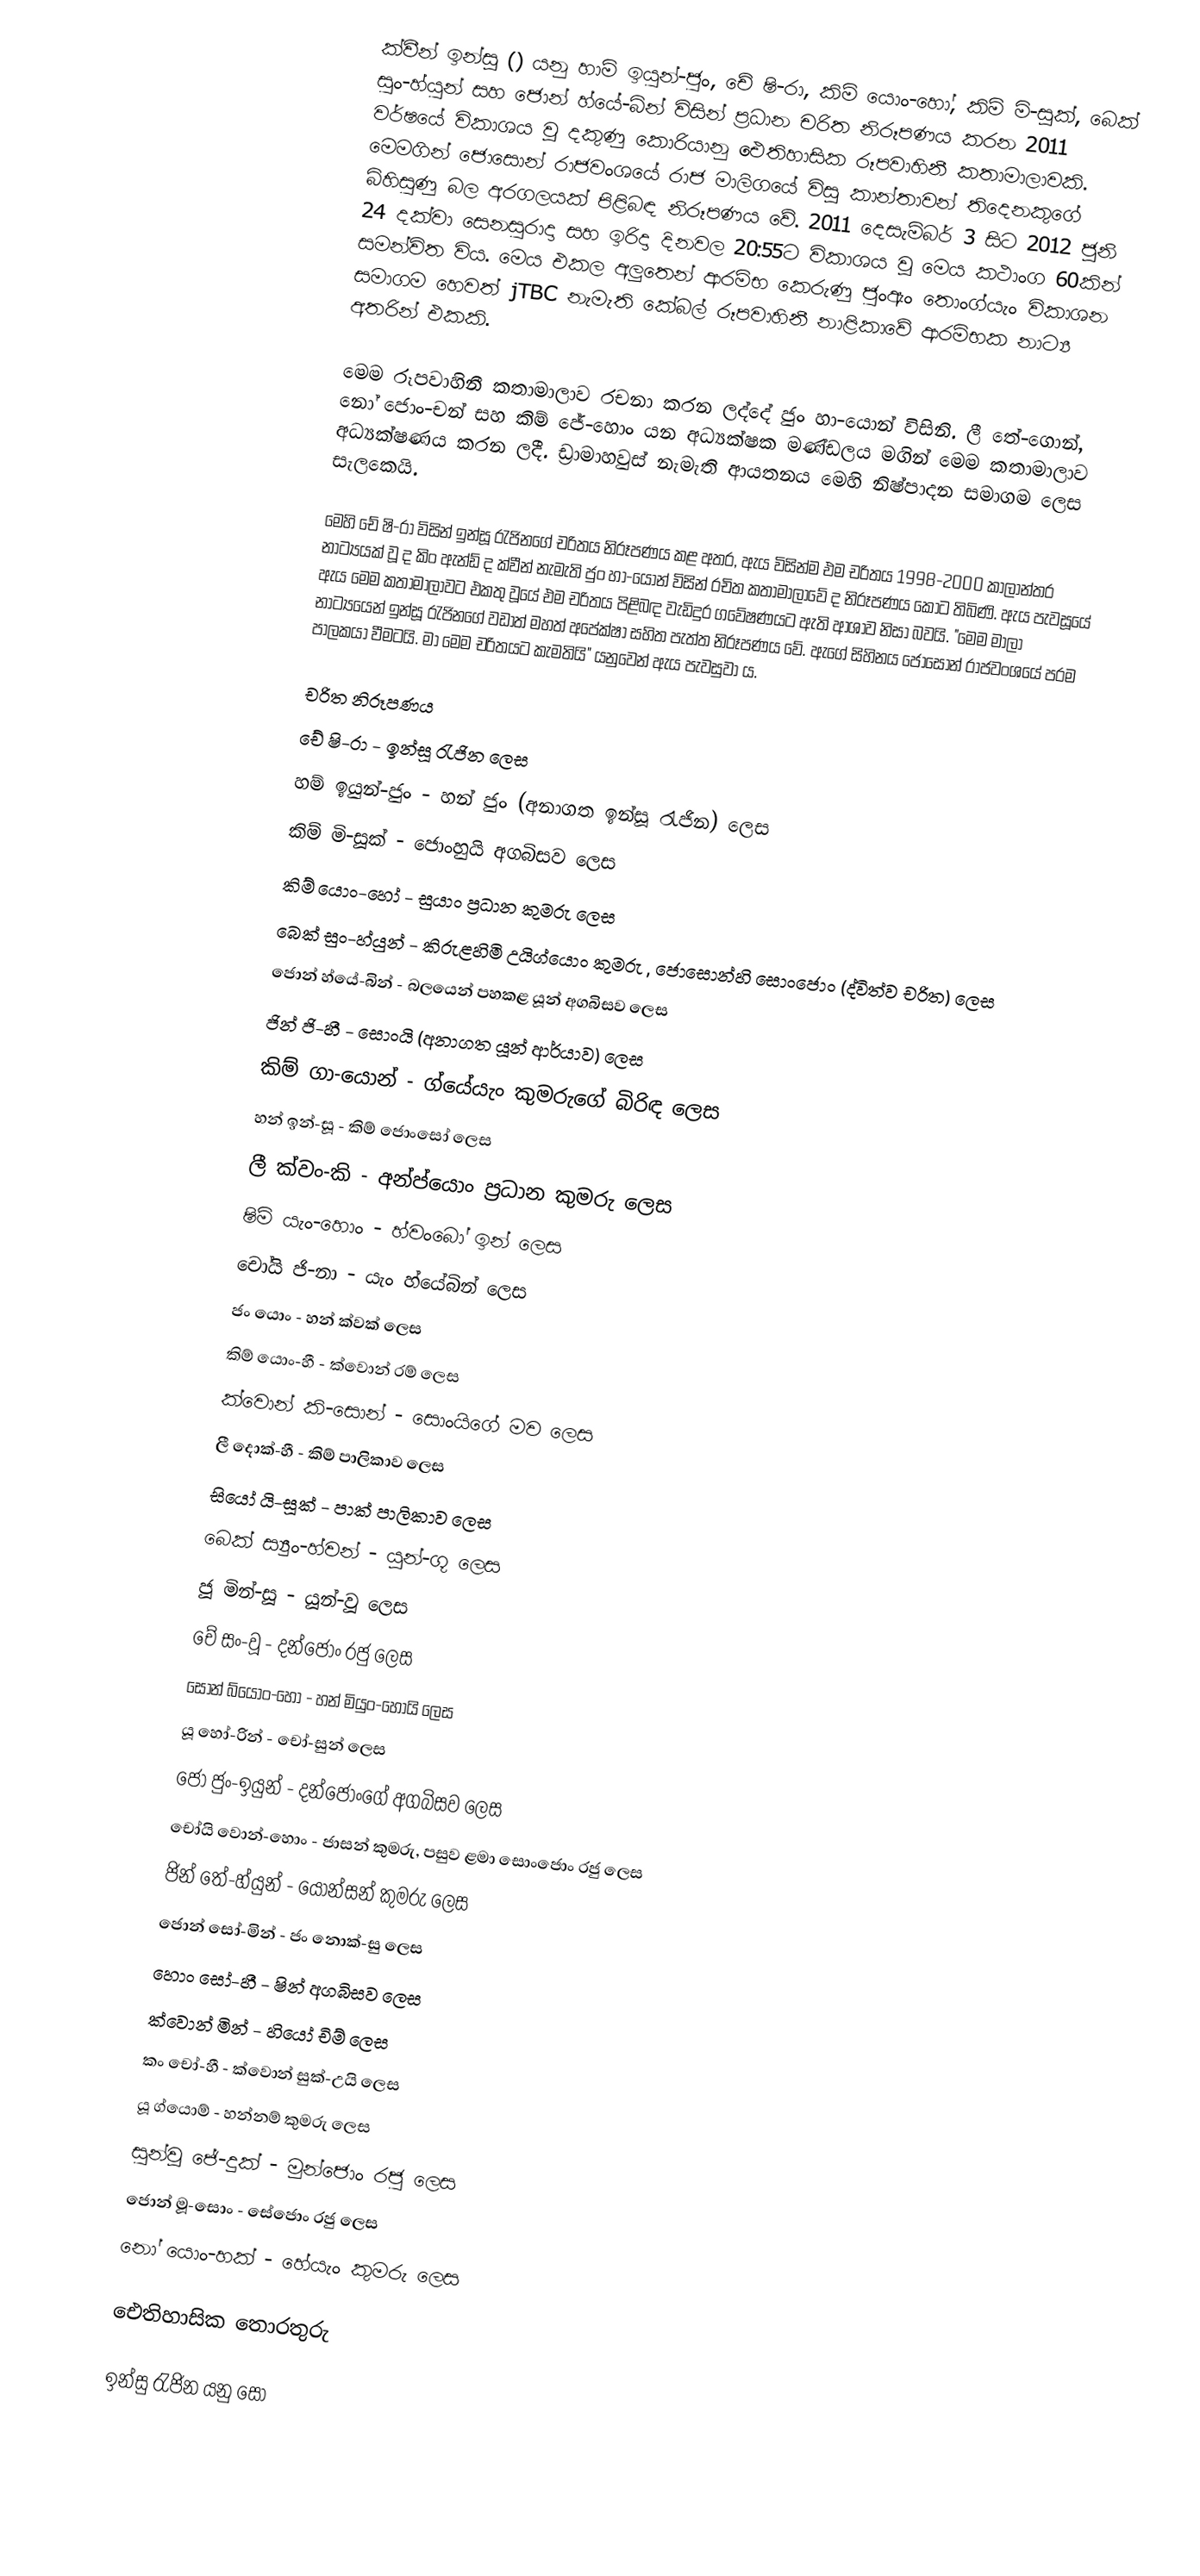
ක්වීන් ඉන්සූ () යනු හාම් ඉයුන්-ජුං, චේ ෂි-රා, කිම් යොං-හෝ, කිම් මි-සූක්, බෙක් සුං-හ්යුන් සහ ජොන් හ්යේ-බින් විසින් ප්‍රධාන චරිත නිරූපණය කරන 2011 වර්ෂයේ විකාශය වූ දකුණු කොරියානු ඓතිහාසික රූපවාහිනී කතාමාලාවකි. මෙමගින් ජොසොන් රාජවංශයේ රාජ මාලිගයේ විසූ කාන්තාවන් තිදෙනකුගේ බිහිසුණු බල අරගලයක් පිළිබඳ නිරූපණය වේ. 2011 දෙසැම්බර් 3 සිට 2012 ජූනි 24 දක්වා සෙනසුරාදා සහ ඉරිදා දිනවල 20:55ට විකාශය වූ‍ මෙය කථාංග 60කින් සමන්විත විය. මෙය එකල අලුතෙන් ආරම්භ කෙරුණු ජුංඇං තොංග්යැං විකාශන සමාගම හෙවත් jTBC නැමැති කේබල් රූපවාහිනී නාළිකාවේ ආරම්භක නාට්‍ය අතරින් එකකි.

මෙම රූපවාහිනී කතාමාලාව රචනා කරන ලද්දේ ජුං හා-යොන් විසිනි. ලී තේ-ගොන්, නෝ ජොං-චන් සහ කිම් ජේ-හොං යන අධ්‍යක්ෂක මණ්ඩලය මගින් මෙම කතාමාලාව අධ්‍යක්ෂණය කරන ලදී. ඩ්‍රාමාහවුස් නැමැති ආයතනය මෙහි නිෂ්පාදන සමාගම ලෙස සැලකෙයි.

මෙහි චේ ෂි-රා විසින් ඉන්සූ රැජිනගේ චරිතය නිරූපණය කළ අතර, ඇය විසින්ම එම චරිතය 1998-2000 කාලාන්තර නාට්‍යයක් වූ ද කිං ඇන්ඩ් ද ක්වීන් නැමැති ජුං හා-යොන් විසින් රචිත කතාමාලාවේ ද නිරූපණය කොට තිබිණි. ඇය පැවසූයේ‍ ඇය මෙම කතාමාලාවට එකතු වූයේ එම චරිතය පිළිබඳ වැඩිදුර ගවේෂණයට ඇති ආශාව නිසා බවයි. "මෙම මාලා නාට්‍යයෙන් ඉන්සූ රැජිනගේ වඩාත් මහත් අපේක්ෂා සහිත පැත්ත නිරූපණය වේ. ඇගේ සිහිනය ජොසොන් රාජවංශයේ පරම පාලකයා වීමටයි. මා මෙම චරිතයට කැමතියි" යනුවෙන් ඇය පැවසුවා ය.

චරිත නිරූපණය
චේ ෂි-රා - ඉන්සූ රැජින ලෙස
හම් ඉයුන්-ජුං - හන් ජුං (අනාගත ඉන්සූ රැජින) ලෙස
කිම් මි-සූක් - ජොංහුයි අගබිසව ලෙස
කිම් යොං-හෝ - සුයාං ප්‍රධාන කුමරු ලෙස
බෙක් සුං-හ්යුන් - කිරුළහිමි උයිග්යොං කුමරු , ජොසොන්හි සොංජොං (ද්විත්ව චරිත) ලෙස
ජොන් හ්යේ-බින් - බලයෙන් පහකළ යූන් අගබිසව ලෙස
ජින් ජි-හී - සොංයි (අනාගත යූන් ආර්යාව) ලෙස
කිම් ගා-යොන් - ග්යේයැං කුමරුගේ බිරිඳ ලෙස
හන් ඉන්-සූ - කිම් ජොංසෝ ලෙස
ලී ක්වං-කි - අන්ප්යොං ප්‍රධාන කුමරු ලෙස
ෂිම් යැං-හොං - හ්වංබෝ ඉන් ලෙස
චෝයි ජි-නා - යැං හ්යේබින් ලෙස
ජං යොං - හන් ක්වක් ලෙස
කිම් යොං-හී - ක්වොන් රම් ලෙස
ක්වොන් කි-සොන් - සොංයිගේ මව ලෙස
ලී දොක්-හී - කිම් පාලිකාව ලෙස
සියෝ යි-සූක් - පාක් පාලිකාව ලෙස
බෙක් ස්‍යුං-හ්වන් - යූන්-ගූ ලෙස
ජූ මින්-සූ - යූන්-වූ ලෙස
චේ සං-වූ - දන්ජොං රජු ලෙස
සොන් බ්යොං-හෝ - හන් මියුං-හොයි ලෙස
යූ හෝ-රින් - චෝ-සුන් ලෙස
ජෝ ජුං-ඉයුන් - දන්ජොංගේ අගබිසව ලෙස
චෝයි වොන්-හොං - ජාසන් කුමරු, පසුව ළමා සොංජොං රජු ලෙස
ජින් තේ-හ්යුන් - යොන්සන් කුමරු ලෙස
ජොන් සෝ-මින් - ජං නොක්-සු ලෙස
හොං සෝ-හී - ෂින් අගබිසව ලෙස
ක්වොන් මින් - හියෝ චිම් ලෙස
කං චෝ-හී - ක්වොන් සුක්-උයි ලෙස
යූ ග්යොම් - හන්නම් කුමරු ලෙස
සුන්වූ ජේ-දුක් - මුන්ජොං රජු ලෙස
ජොන් මූ-සොං - සේජොං රජු ලෙස
නෝ යොං-හක් - හේයැං කුමරු ලෙස

ඓතිහාසික තොරතුරු

ඉන්සු රැජින යනු සො